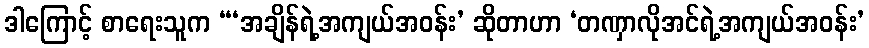
ဒါကြောင့် စာရေးသူက “‘အချိန်ရဲ့အကျယ်အဝန်း’ ဆိုတာဟာ ‘တဏှာလိုအင်ရဲ့အကျယ်အဝန်း’